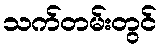
သက်တမ်းတွင်